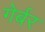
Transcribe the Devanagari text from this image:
गेर्बर